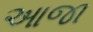
આજા